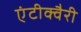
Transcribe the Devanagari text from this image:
एंटीक्वैरी